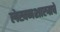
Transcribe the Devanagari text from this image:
लेखनशास्त्राचे